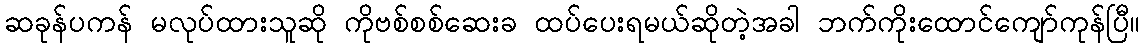
ဆခုန်ပကန် မလုပ်ထားသူဆို ကိုဗစ်စစ်ဆေးခ ထပ်ပေးရမယ်ဆိုတဲ့အခါ ဘက်ကိုးထောင်ကျော်ကုန်ပြီ။